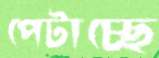
পেটাচ্ছে